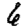
Digit: 6